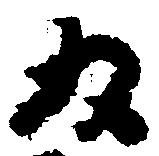
為